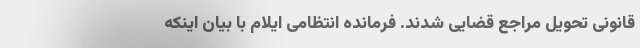
قانونی تحویل مراجع قضایی شدند. فرمانده انتظامی ایلام با بیان اینکه